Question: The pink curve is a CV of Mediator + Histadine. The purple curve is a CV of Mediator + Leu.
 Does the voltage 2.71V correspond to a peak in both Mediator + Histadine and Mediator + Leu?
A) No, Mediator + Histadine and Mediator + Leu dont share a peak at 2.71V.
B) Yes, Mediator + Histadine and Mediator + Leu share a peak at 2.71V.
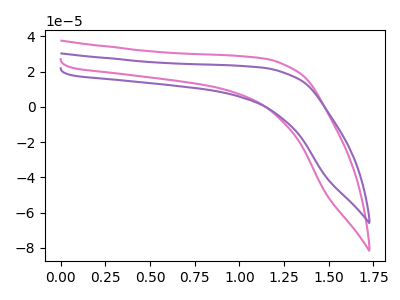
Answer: <think>The pink curve "Mediator + Histadine" has no peaks. The purple curve "Mediator + Leu" has no peaks.</think>
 <answer>A) No, "Mediator + Histadine" and "Mediator + Leu" dont share a peak at 2.71V.</answer>
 <eval>A</eval>